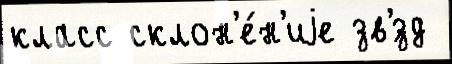
класс склон'е́н'иjе зв'́зд